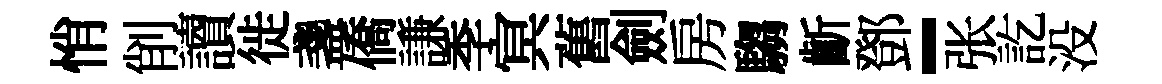
悄削讀徙盞僑謙季㝠舊劍房騶齗鄧-张訖没